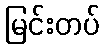
မြင်းတပ်